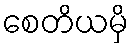
စေတိယမှိ